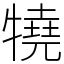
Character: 㹓